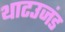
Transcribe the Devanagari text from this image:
थाटउजंड